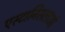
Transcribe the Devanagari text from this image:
एस्टानिसलाओ